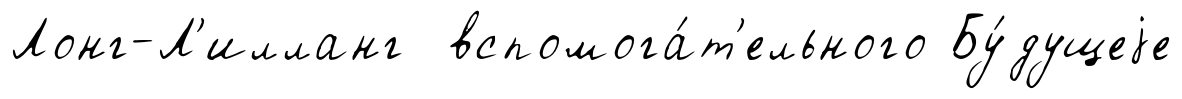
Лонг-Л'илланг вспомога́т'ельного Бу́дущеjе